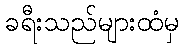
ခရီးသည်များထံမှ